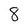
Character: 8